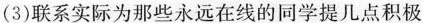
(3)联系实际为那些永远在线的同学提几点积极